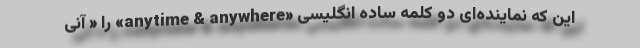
این که نماینده‌ای دو کلمه ساده انگلیسی «anytime & anywhere» را « آنی